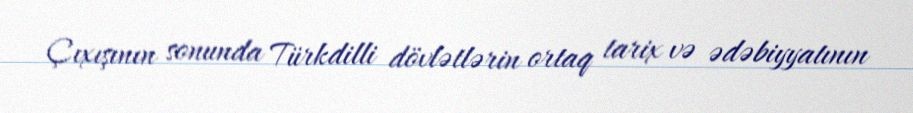
Çıxışının sonunda Türkdilli dövlətlərin ortaq tarix və ədəbiyyatının